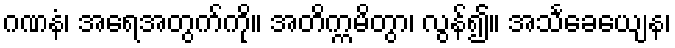
ဂဏနံ၊ အရေအတွက်ကို။ အတိက္ကမိတွာ၊ လွန်၍။ အသင်္ခေယျေန၊